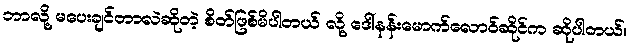
ဘာလို့ မပေးချင်တာလဲဆိုတဲ့ စိတ်ဖြစ်မိပါတယ် လို့ ဒေါ်နန်းမောက်လောဝ်ဆိုင်က ဆိုပါတယ်။